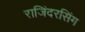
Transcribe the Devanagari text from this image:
राजिंदरसिंग